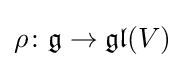
\rho \colon {\mathfrak {g}}\to {\mathfrak {gl}}(V)